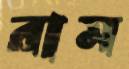
রাম